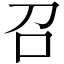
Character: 召